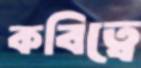
কবিত্বে